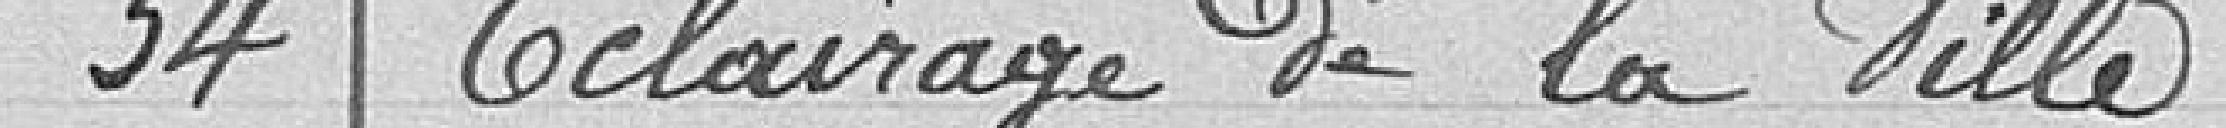
34 Éclairage de la Ville